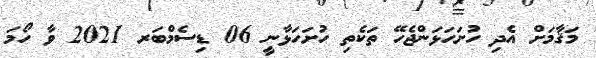
މަޤާމަށް އެދި ހުށަހަޅަންޖެހޭ ތަކެތި ހުށަހަޅާނީ 06 ޑިސެމްބަރ 2021 ވާ ހޯމަ